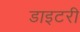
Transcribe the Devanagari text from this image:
डाइटरी